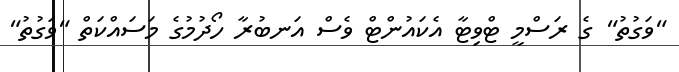
"ވަގުތު" ގެ ރަސްމީ ޓްވިޓާ އެކައުންޓް ވެސް އަނބުރާ ހޯދުމުގެ މަސައްކަތް "ވަގުތު"